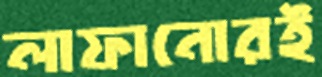
লাফানোরই